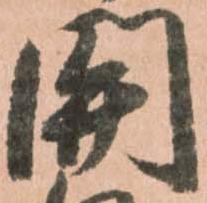
關